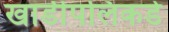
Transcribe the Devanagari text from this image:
खाडीपलिकडे